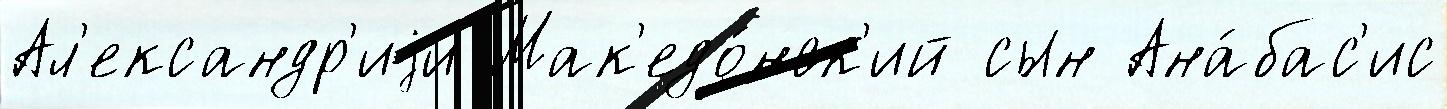
Ал'ександр'иjи Мак'едо́нск'ий сын Ана́бас'ис